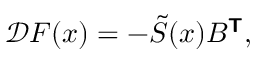
\begin{array} { r } { \mathcal { D } \boldsymbol { F } ( \boldsymbol { x } ) = - \tilde { S } ( \boldsymbol { x } ) B ^ { \boldsymbol { \mathsf { T } } } , } \end{array}